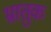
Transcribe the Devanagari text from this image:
भ्रातुक